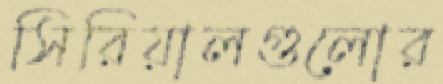
সিরিয়ালগুলোর